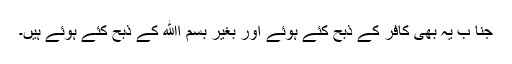
جنا ب يہ بھی کافر کے ذبح کئے ہوئے اور بغير بسم اﷲ کے ذبح کئے ہوئے ہيں۔